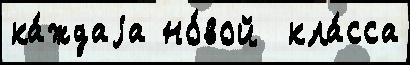
ка́ждаjа но́вой  кла́сса